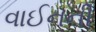
વાઈનની